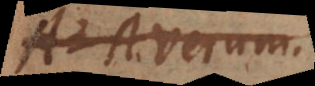
AY Verum